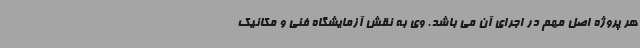
هر پروژه اصل مهم در اجرای آن می باشد. وی به نقش آزمایشگاه فنی و مکانیک